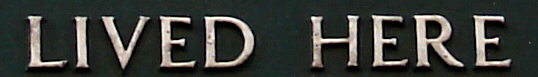
LIVED HERE